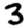
Digit: 3